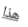
هذا